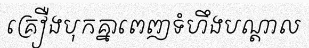
គ្រឿងបុកគ្នាពេញទំហឹងបណ្តាល